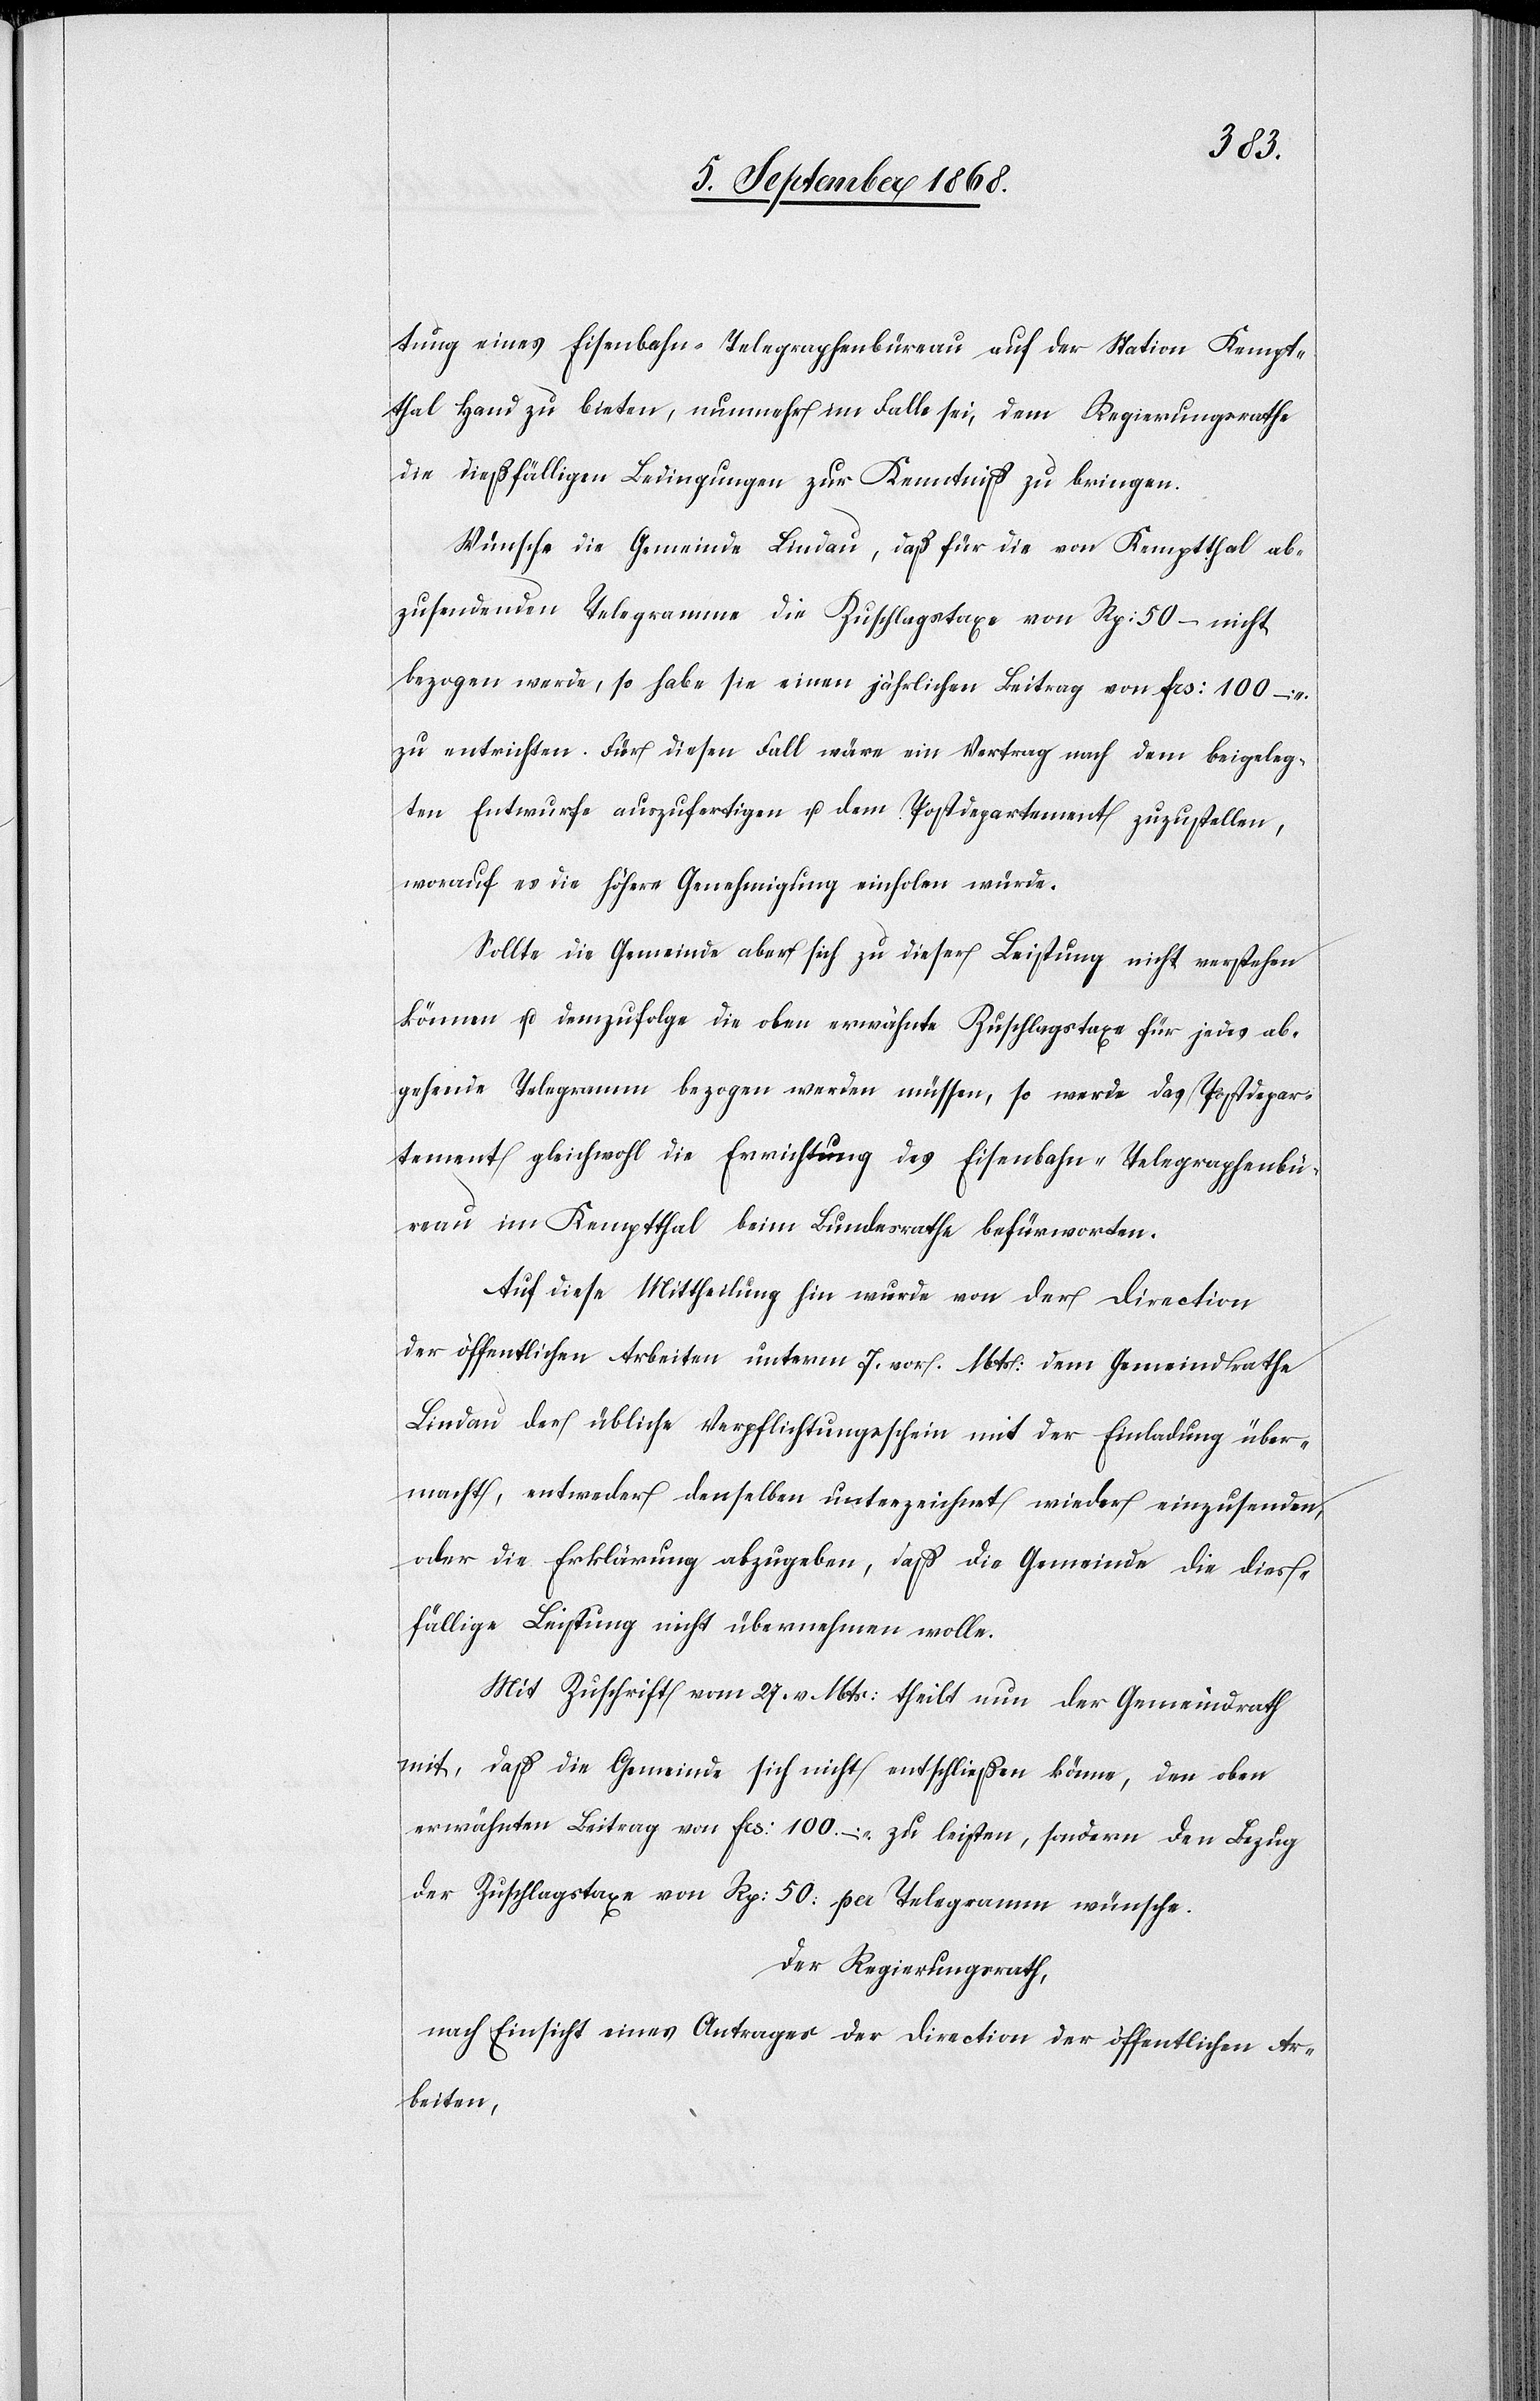
tung eines Eisenbahn-Telegraphenbüreau auf der Station Kempt¬
thal Hand zu bieten, nunmehr im Falle sei, dem Regierungsrathe
die dießfälligen Bedingungen zur Kenntniß zu bringen.
Wünsche die Gemeinde Lindau, daß für die von Kemptthal ab¬
zusendenden Telegramme die Zuschlagstaxe von Rp: 50 – nicht
bezogen werde, so habe sie einen jährlichen Beitrag von Frs: 100 –
zu entrichten. Für diesen Fall wäre ein Vertrag nach dem beigeleg¬
ten Entwurfe auszufertigen u. dem Postdepartement zuzustellen,
worauf es die höhere Genehmigung einholen würde.
Sollte die Gemeinde aber sich zu dieser Leistung nicht verstehen
können u. demzufolge die oben erwähnte Zuschlagstaxe für jedes ab¬
gehende Telegramm bezogen werden müssen, so werde das Postdepar¬
tement gleichwohl die Errichtung des Eisenbahn-Telegraphenbü¬
reau im Kemptthal beim Bundesrathe befürworten.
Auf diese Mittheilung hin wurde von der Direction
der öffentlichen Arbeiten unterm 7. vor. Mts: dem Gemeindrathe
Lindau der übliche Verpflichtungsschein mit der Einladung über¬
macht, entweder denselben unterzeichnet wieder einzusenden,
oder die Erklärung abzugeben, daß die Gemeinde die dies¬
fällige Leistung nicht übernehmen wolle.
Mit Zuschrift vom 27. v. Mts: theilt nun der Gemeindrath
mit, daß die Gemeinde sich nicht entschließen könne, den oben
erwähnten Beitrag von Frs: 100. – zu leisten, sondern den Bezug
der Zuschlagstaxe von Rp: 50: per Telegramm wünsche.
Der Regierungsrath,
nach Einsicht eines Antrages der Direction der öffentlichen Ar¬
beiten,